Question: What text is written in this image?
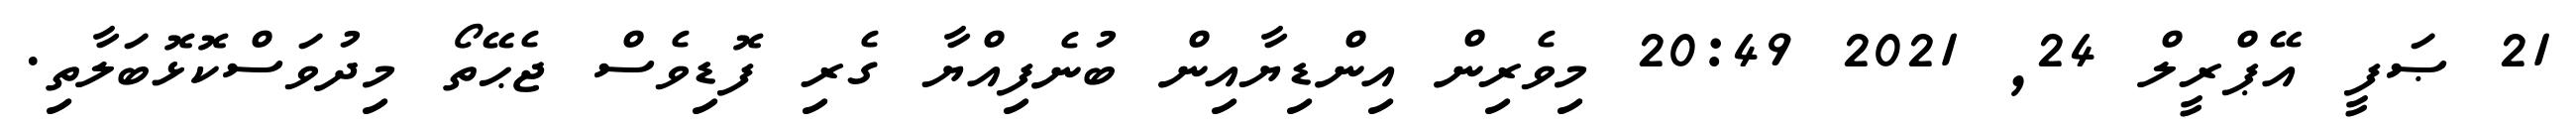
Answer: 21 ޞަފީ އޭޕްރީލް 24, 2021 20:49 މިވެރިން އިންޑިޔާއިން ބުނެފިއްޔާ ގެރި ފޮޑިވެސް ޖެޙޭތޯ މިދުވަސްކޮޅޮބަލާތި.